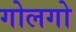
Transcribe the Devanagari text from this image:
गोलगो